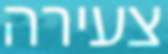
צעירה